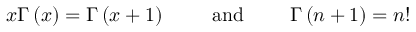
x \Gamma \left( x \right) = \Gamma \left( x + 1 \right) \mathrm { \qquad ~ a n d ~ \qquad } \Gamma \left( n + 1 \right) = n !